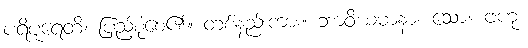
ပရိပူရေတိ၊ ပြည့်စုံစေ၏။ တစ်နည်းကား။ ဘာဝိယမာနာ၊ သော။ ဗဟု